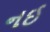
નઈ